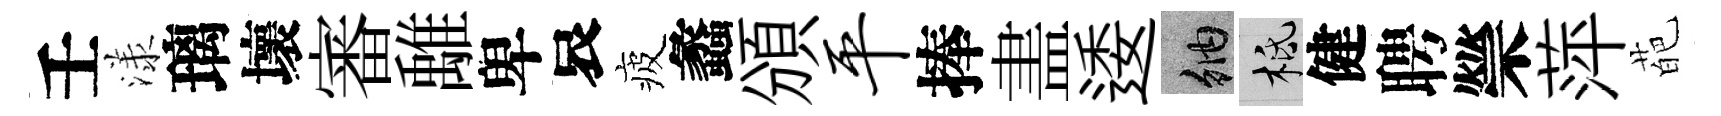
壬漾璃壞審𩀌卑哀疲蠡頒平捧𥁞逶納柢健聘禜萍葩